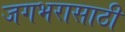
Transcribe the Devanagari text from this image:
जगभरासाठी